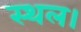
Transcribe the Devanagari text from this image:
स्‍थल।